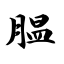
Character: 腽